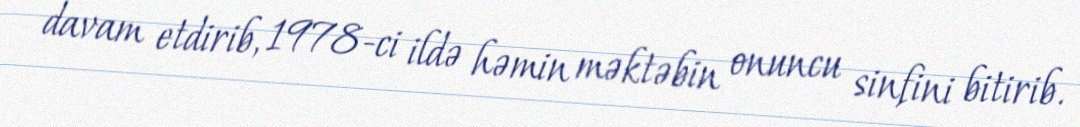
davam etdirib, 1978-ci ildə həmin məktəbin onuncu sinfini bitirib.